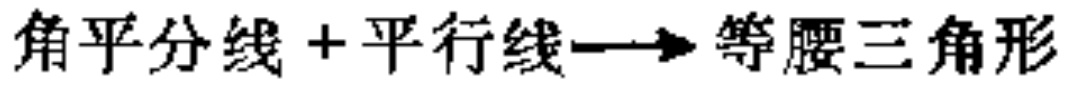
角平分线+平行线\(\longrightarrow\)等腰三角形